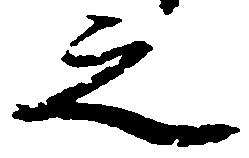
之